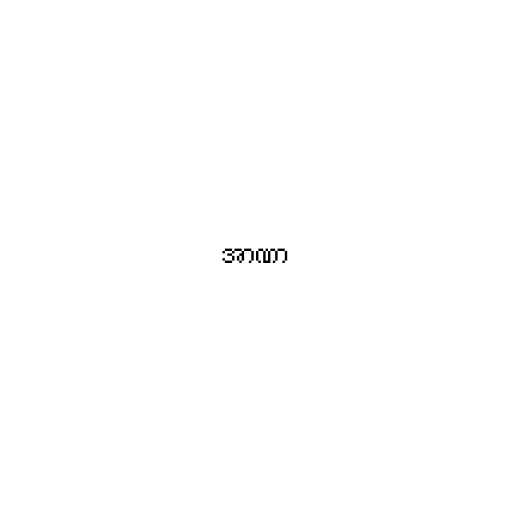
အာဏာ